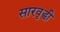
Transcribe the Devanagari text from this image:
सारवृद्धी